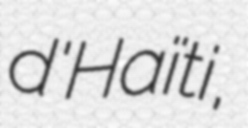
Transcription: d'Haïti,